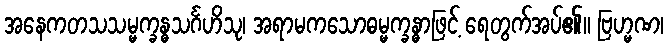
အနေကတသသမ္မက္ခန္ဓသင်္ဂဟိသု၊ အရာမကသောဓမ္မက္ခန္ဓာဖြင့် ရေတွက်အပ်၏။ ဗြဟ္မဏ၊